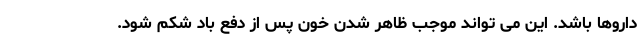
داروها باشد. این می تواند موجب ظاهر شدن خون پس از دفع باد شکم شود.